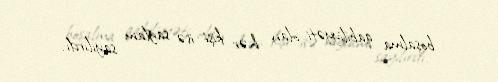
boşalma qabiliyyəti olan hər kişi isə sağlam sayılırdı.